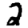
Digit: 2